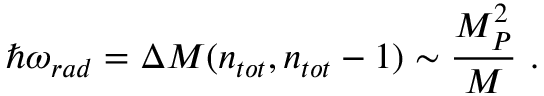
\hbar \omega _ { r a d } = \Delta M ( n _ { t o t } , n _ { t o t } - 1 ) \sim \frac { M _ { P } ^ { 2 } } { M } ~ .